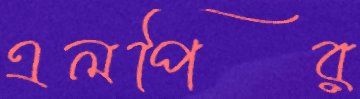
এলপির